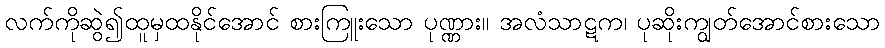
လက်ကိုဆွဲ၍ထူမှထနိုင်အောင် စားကြူးသော ပုဏ္ဏား။ အလံသာဋက၊ ပုဆိုးကျွတ်အောင်စားသော